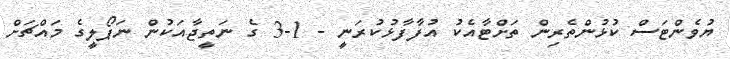
ޔުވެންޓަސް ކުޅުންތެރިން ތަށްޓާއެކު އުފާފާޅުކުރަނީ - 1-3 ގެ ނަތީޖާއަކުން ނަޕޯލީގެ މައްޗަށް